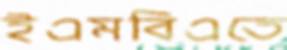
ইএমবিএতে